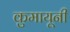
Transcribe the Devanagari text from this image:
कुमायूनी